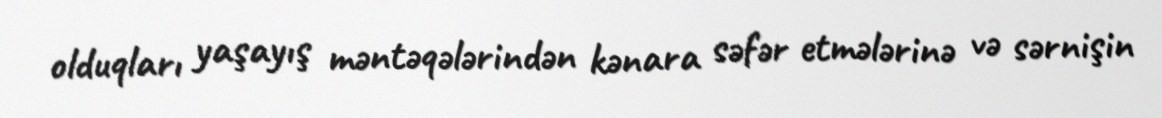
olduqları yaşayış məntəqələrindən kənara səfər etmələrinə və sərnişin